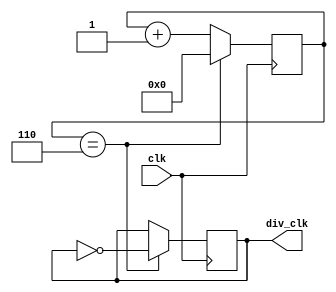
`default_nettype none

module clock #(parameter div = 6)(clk,div_clk);
	 
	 input clk;
    output reg div_clk = 1'b0;
	 
	reg [7:0] counter = 0;
	
	always @(posedge clk)
	begin
		counter <= counter + 1'b1;
		if(counter == div)
		begin
			counter <= 0;
			div_clk = ~div_clk;
		end
	end
	
endmodule